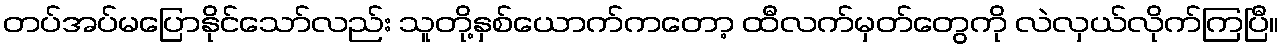
တပ်အပ်မပြောနိုင်သော်လည်း သူတို့နှစ်ယောက်ကတော့ ထီလက်မှတ်တွေကို လဲလှယ်လိုက်ကြပြီ။